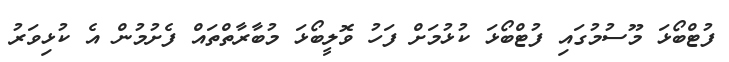
ފުޓްބޯޅަ މޫސުމުގައި ފުޓްބޯޅަ ކުޅުމަށް ފަހު ވޮލީބޯޅަ މުބާރާތްތައް ފެށުމުން އެ ކުޅިވަރު